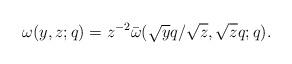
LaTeX: \begin{align*} \omega(y,z;q)=z^{-2}\bar{\omega}(\sqrt{y}q/\sqrt{z},\sqrt{z}q;q).\end{align*}